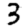
Digit: 3